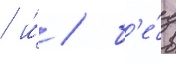
/ и́ / б'е́з